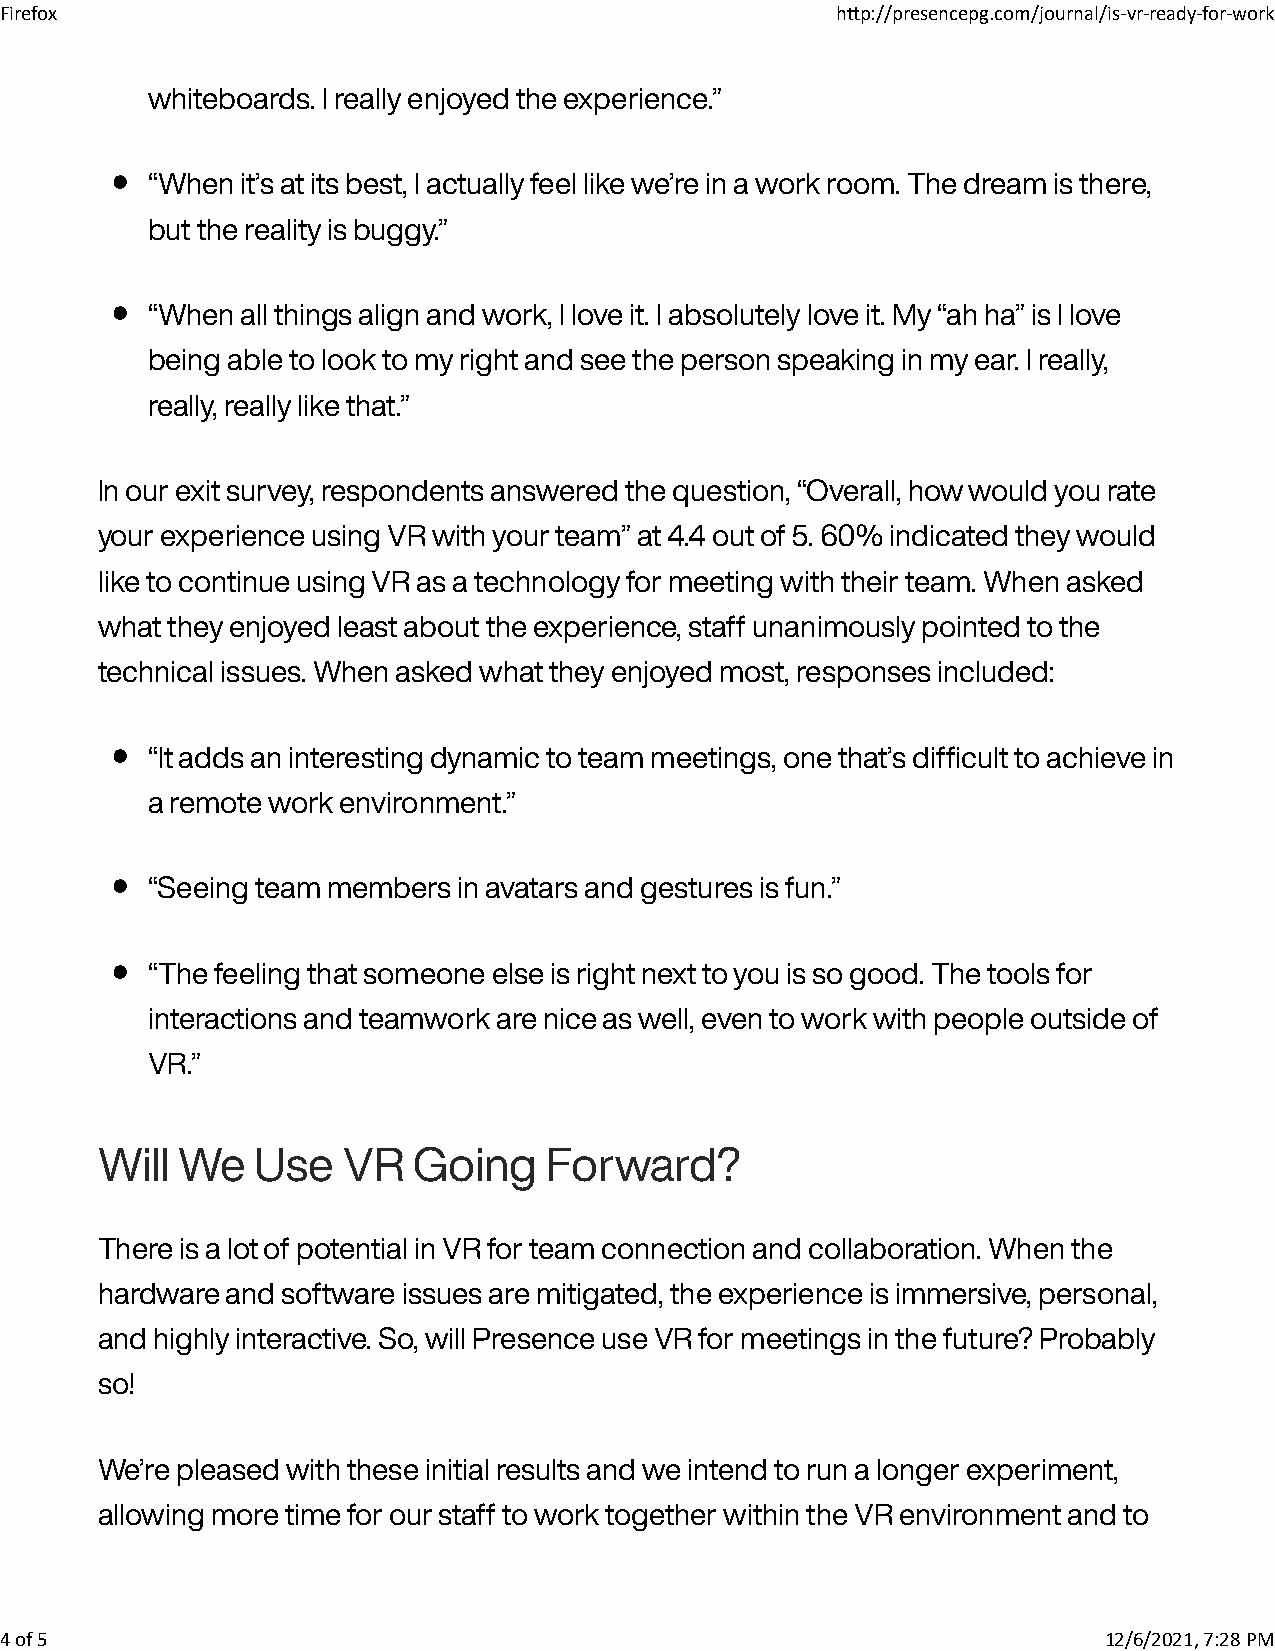
Firefox                                                h�p://presencepg.com/journal/is-vr-ready-for-work
 whiteboards. I really enjoyed the experience.”
 •
 “When it’s at its best, I actually feel like we’re in a work room. The dream is there,
 but the reality is buggy.”
 •
 “When all things align and work, I love it. I absolutely love it. My “ah ha” is I love
 being able to look to my right and see the person speaking in my ear. I really,
 really, really like that.”
 In our exit survey, respondents answered the question, “Overall, how would you rate
 your experience using VR with your team” at 4.4 out of 5. 60% indicated they would
 like to continue using VR as a technology for meeting with their team. When asked
 what they enjoyed least about the experience, staff unanimously pointed to the
 technical issues. When asked what they enjoyed most, responses included:
 •
 “It adds an interesting dynamic to team meetings, one that’s difficult to achieve in
 a remote work environment.”
 •
 “Seeing team members in avatars and gestures is fun.”
 •
 “The feeling that someone else is right next to you is so good. The tools for
 interactions and teamwork are nice as well, even to work with people outside of
 VR.”
 Will  We   Use   VR  Going    Forward?
 There is a lot of potential in VR for team connection and collaboration. When the
 hardware and software issues are mitigated, the experience is immersive, personal,
 and highly interactive. So, will Presence use VR for meetings in the future? Probably
 so!
 We’re pleased with these initial results and we intend to run a longer experiment,
 allowing more time for our staff to work together within the VR environment and to
 4 of 5                                                                   12/6/2021, 7:28 PM